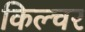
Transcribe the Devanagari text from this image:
किल्चर